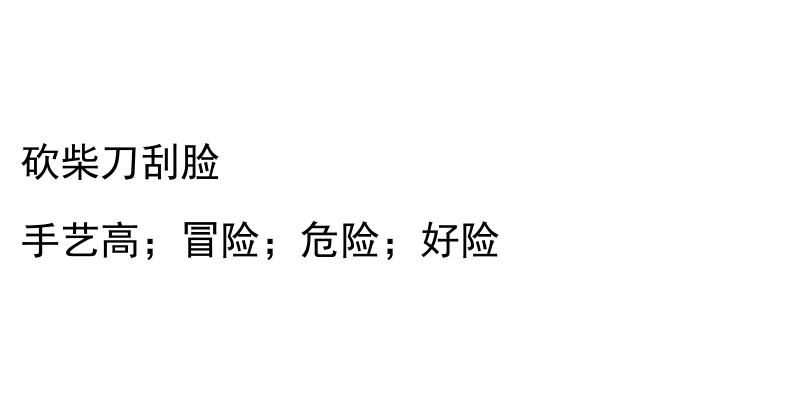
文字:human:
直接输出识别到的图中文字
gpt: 砍柴刀刮脸 手艺高；冒险；危险；好险